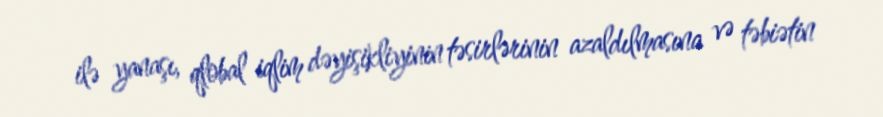
ilə yanaşı, qlobal iqlim dəyişikliyinin təsirlərinin azaldılmasına və təbiətin